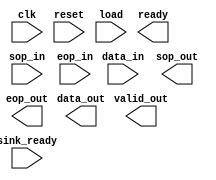

module BCH_enc_24 (
	clk,
	reset,
	load,
	ready,
	sop_in,
	eop_in,
	data_in,
	valid_out,
	sink_ready,
	sop_out,
	eop_out,
	data_out);	

	input		clk;
	input		reset;
	input		load;
	output		ready;
	input		sop_in;
	input		eop_in;
	input	[23:0]	data_in;
	output		valid_out;
	input		sink_ready;
	output		sop_out;
	output		eop_out;
	output	[23:0]	data_out;
endmodule